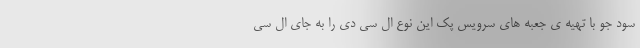
سود جو با تهیه ی جعبه های سرویس پک این نوع ال سی دی را به جای ال سی